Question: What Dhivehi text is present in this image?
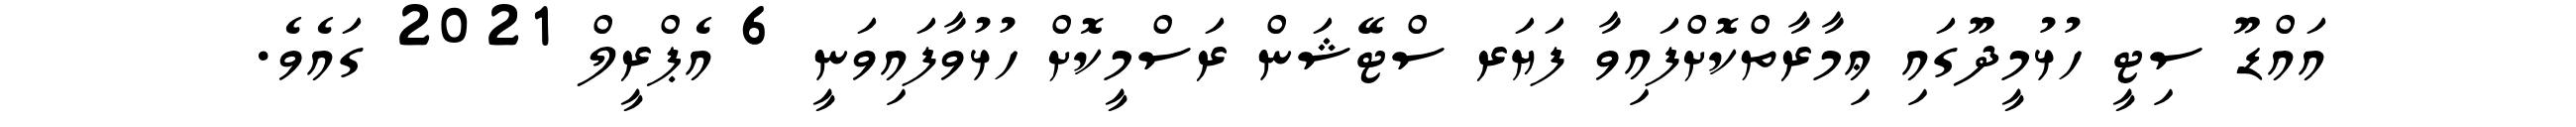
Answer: އައްޑޫ ސިޓީ ހުޅުމީދޫގައި ޢިމާރާތްކޮށްފައިވާ ފަޔަރ ސްޓޭޝަން ރަސްމީކޮށް ހުޅުވާފައިވަނީ 6 އެޕްރީލް 2021 ގައެވެ.